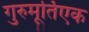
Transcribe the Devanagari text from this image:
गुरुमूर्तिएक